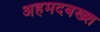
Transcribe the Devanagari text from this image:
अहमदबख्श